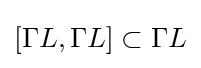
[\Gamma L,\Gamma L]\subset \Gamma L